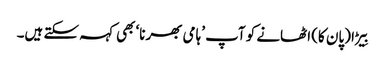
بِیڑا (پان کا) اٹھانے کو آپ ’ہامی بھرنا‘ بھی کہہ سکتے ہیں۔